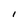
Character: 1